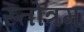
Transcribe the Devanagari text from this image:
स्तोत्रम्